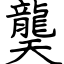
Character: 龑